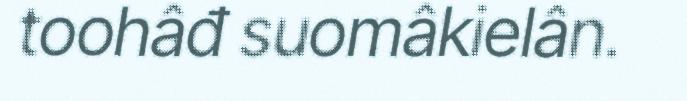
toohâđ suomâkielân.